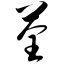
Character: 荃